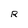
Character: R